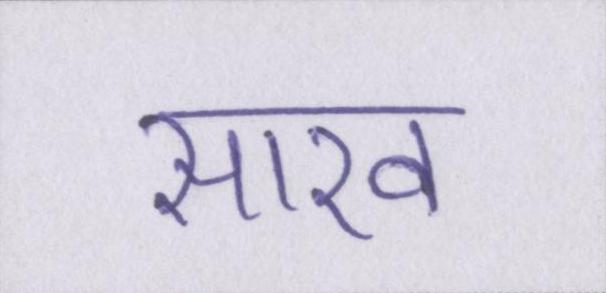
साख